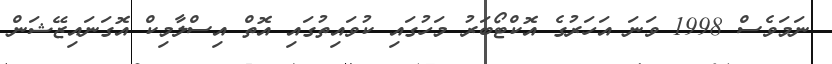
ނަމަވެސް 1998 ވަނަ އަހަރުގެ އޮކްޓޯބަރު މަހުގައި ކުވައިތުގައި އޮތް އިސްލާމިކް އޮގަނައިޒޭޝަން